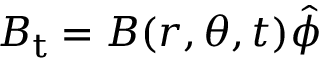
\boldsymbol { B _ { \mathrm { t } } } = B ( r , \theta , t ) \boldsymbol { \hat { \phi } }